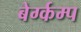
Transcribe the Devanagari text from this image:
बेर्ग्कम्प